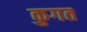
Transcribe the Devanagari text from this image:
कुगत